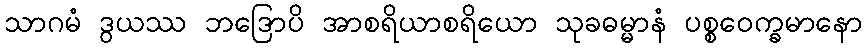
သာဂမံ ဒွယဿ ဘဒြောပိ အာစရိယာစရိယော သုခဓမ္မာနံ ပစ္စဝေက္ခမာနော